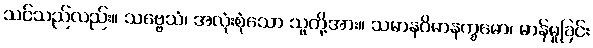
သင်သည်လည်း။ သဗ္ဗေသံ၊ အလုံးစုံသော သူတို့အား။ သမာနဝိမာနက္ခမော၊ မာန်မူခြင်း